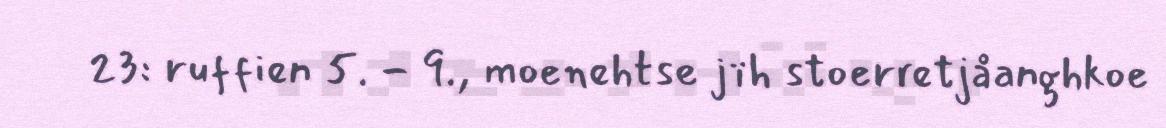
23: ruffien 5. - 9., moenehtse jïh stoerretjåanghkoe